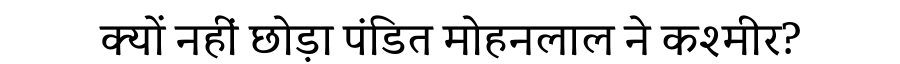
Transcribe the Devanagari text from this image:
क्यों नहीं छोड़ा पंडित मोहनलाल ने कश्मीर?